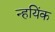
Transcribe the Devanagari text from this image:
न्हयिंक